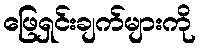
ဖြေရှင်းချက်များကို